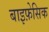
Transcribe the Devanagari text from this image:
बाइफ़ेसिक